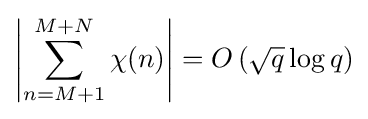
\left|\sum _{n=M+1}^{M+N}\chi (n)\right|=O\left({\sqrt {q}}\log q\right)